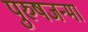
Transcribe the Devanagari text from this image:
पुरुषजन्मा